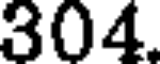
304.